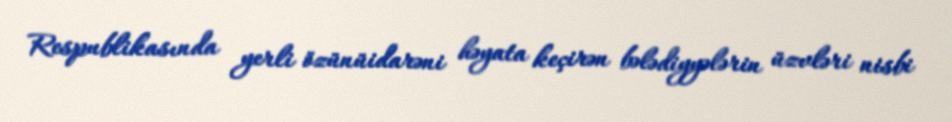
Respublikasında yerli özünüidarəni həyata keçirən bələdiyyələrin üzvləri nisbi